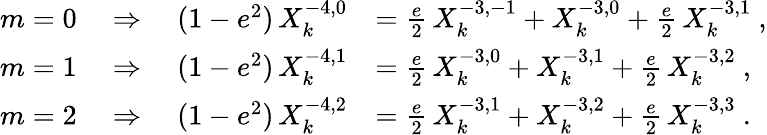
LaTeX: \begin{array}{rl}{m=0\quad\Rightarrow\quad(1-e^{2})\, X_{k}^{-4,0}}&{=\frac{e}{2}\, X_{k}^{-3,-1}+X_{k}^{-3,0}+\frac{e}{2}\, X_{k}^{-3,1}\ ,}\\ {m=1\quad\Rightarrow\quad(1-e^{2})\, X_{k}^{-4,1}}&{=\frac{e}{2}\, X_{k}^{-3,0}+X_{k}^{-3,1}+\frac{e}{2}\, X_{k}^{-3,2}\ ,}\\ {m=2\quad\Rightarrow\quad(1-e^{2})\, X_{k}^{-4,2}}&{=\frac{e}{2}\, X_{k}^{-3,1}+X_{k}^{-3,2}+\frac{e}{2}\, X_{k}^{-3,3}\ .}\end{array}